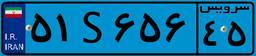
۸۳S۶۹۱۸۸